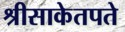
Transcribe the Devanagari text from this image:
श्रीसाकेतपते